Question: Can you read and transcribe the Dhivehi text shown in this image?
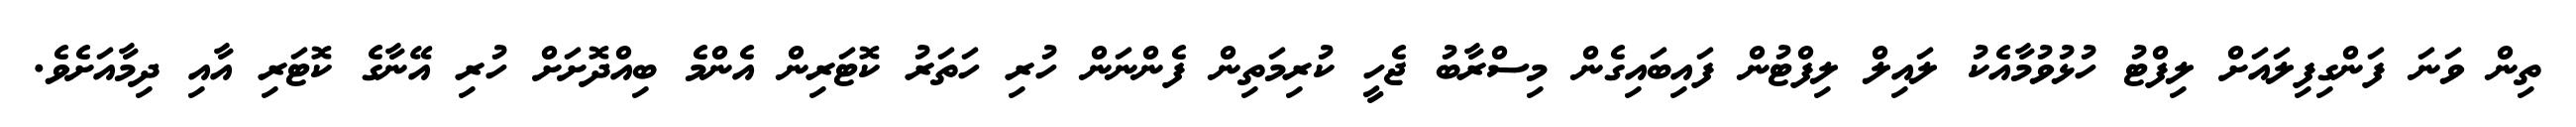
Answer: ތިން ވަނަ ފަންގިފިލައަށް ލިފްޓު ހުޅުވުމާއެކު ލައިލް ލިފްޓުން ފައިބައިގެން މިސްރާބު ޖެހީ ކުރިމަތިން ފެންނަން ހުރި ހަތަރު ކޮޓަރިން އެންމެ ބިއްދޮށަށް ހުރި އޭނާގެ ކޮޓަރި އާއި ދިމާއަށެވެ.